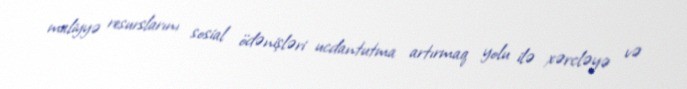
maliyyə resurslarını sosial ödənişləri ucdantutma artırmaq yolu ilə xərcləyə və